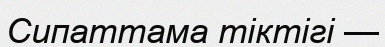
Сипаттама тіктігі —